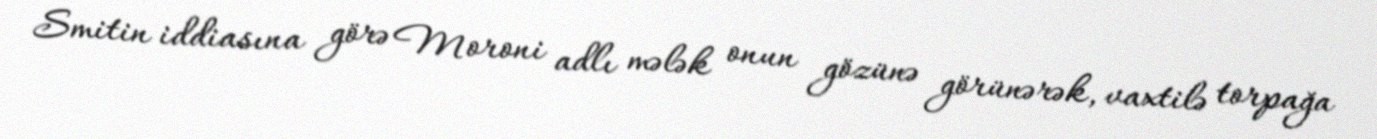
Smitin iddiasına görə Moroni adlı mələk onun gözünə görünərək, vaxtilə torpağa